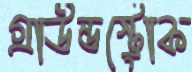
গ্রাউন্ডস্ট্রোক